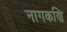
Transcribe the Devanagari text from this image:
नागकणि